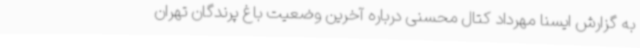
به گزارش ایسنا مهرداد کتال محسنی درباره آخرین وضعیت باغ پرندگان تهران